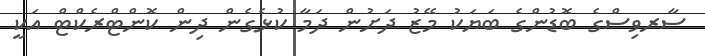
ސާރވިސްގެ ބޮޑުންގެ ބަޔަކު މޭޒު ދަށުން ދަމާ ކުޅެގެން ދިން ކޮންޓްރެކްޓް އަކީ